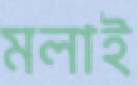
মলাই